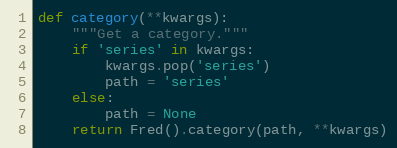
Language: Python
def category(**kwargs):
    """Get a category."""
    if 'series' in kwargs:
        kwargs.pop('series')
        path = 'series'
    else:
        path = None
    return Fred().category(path, **kwargs)